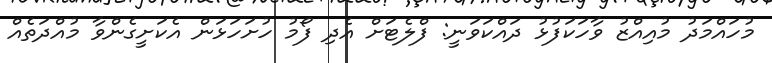
މުހައްމަދު މުއިއްޒު ވާހަކަފުޅު ދައްކަވަނީ: ފްލެޓަށް އެދި ފޯމު ހުށަހަޅަން އެކަށީގެންވާ މުއްދަތެއް